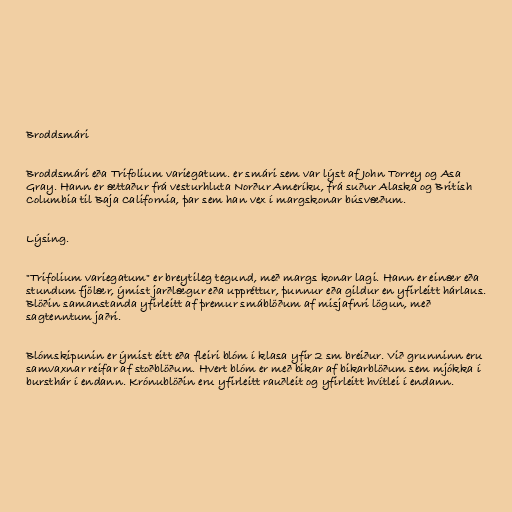
Broddsmári

Broddsmári eða Trifolium variegatum. er smári sem var lýst af John Torrey og Asa
Gray. Hann er ættaður frá vesturhluta Norður Ameríku, frá suður Alaska og British
Columbia til Baja California, þar sem han vex í margskonar búsvæðum.

Lýsing.

"Trifolium variegatum" er breytileg tegund, með margs konar lagi. Hann er einær eða
stundum fjölær, ýmist jarðlægur eða uppréttur, þunnur eða gildur en yfirleitt hárlaus.
Blöðin samanstanda yfirleitt af þremur smáblöðum af misjafnri lögun, með
sagtenntum jaðri.

Blómskipunin er ýmist eitt eða fleiri blóm í klasa yfir 2 sm breiður. Við grunninn eru
samvaxnar reifar af stoðblöðum. Hvert blóm er með bikar af bikarblöðum sem mjókka í
bursthár í endann. Krónublöðin eru yfirleitt rauðleit og yfirleitt hvítlei í endann.